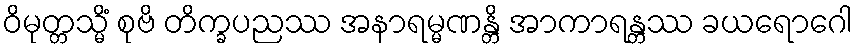
ဝိမုတ္တသ္မိံ စုဗိ တိက္ခပညဿ အနာရမ္မဏန္တိ အာကာရန္တဿ ခယရောဂေါ